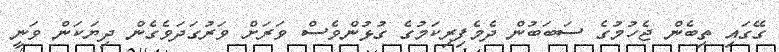
ގޭގައި ތިބެން ޖެހުމުގެ ސަބަބުން ދެމެފިރިކަމުގެ ގުޅުންވެސް ވަރަށް ވަރުގަދަވެގެން ދިޔަކަން ވަނީ